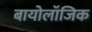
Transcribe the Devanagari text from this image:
बायोलॉजिक